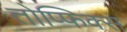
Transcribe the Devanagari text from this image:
तोप्फिक्स